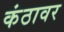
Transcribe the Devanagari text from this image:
कंठावर